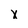
Character: x